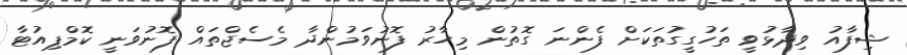
ޝިފާއު ވިދާޅުވީ ތަހުގީގުތަކަށް ފެންނަ ގޮތުން މިހާރު ފޮނުވަމުންދާ މެސެޖްތައް ފޮނުވަނީ ކޮމްޕިއުޓާ